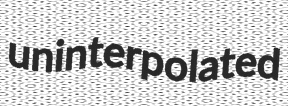
uninterpolated